DOW-UAP-D75, Mission Report, Gulf of Aden, July 2024
Agency: Department of War
Incident date: 7/14/24
Incident location: Gulf of Aden
Page 1
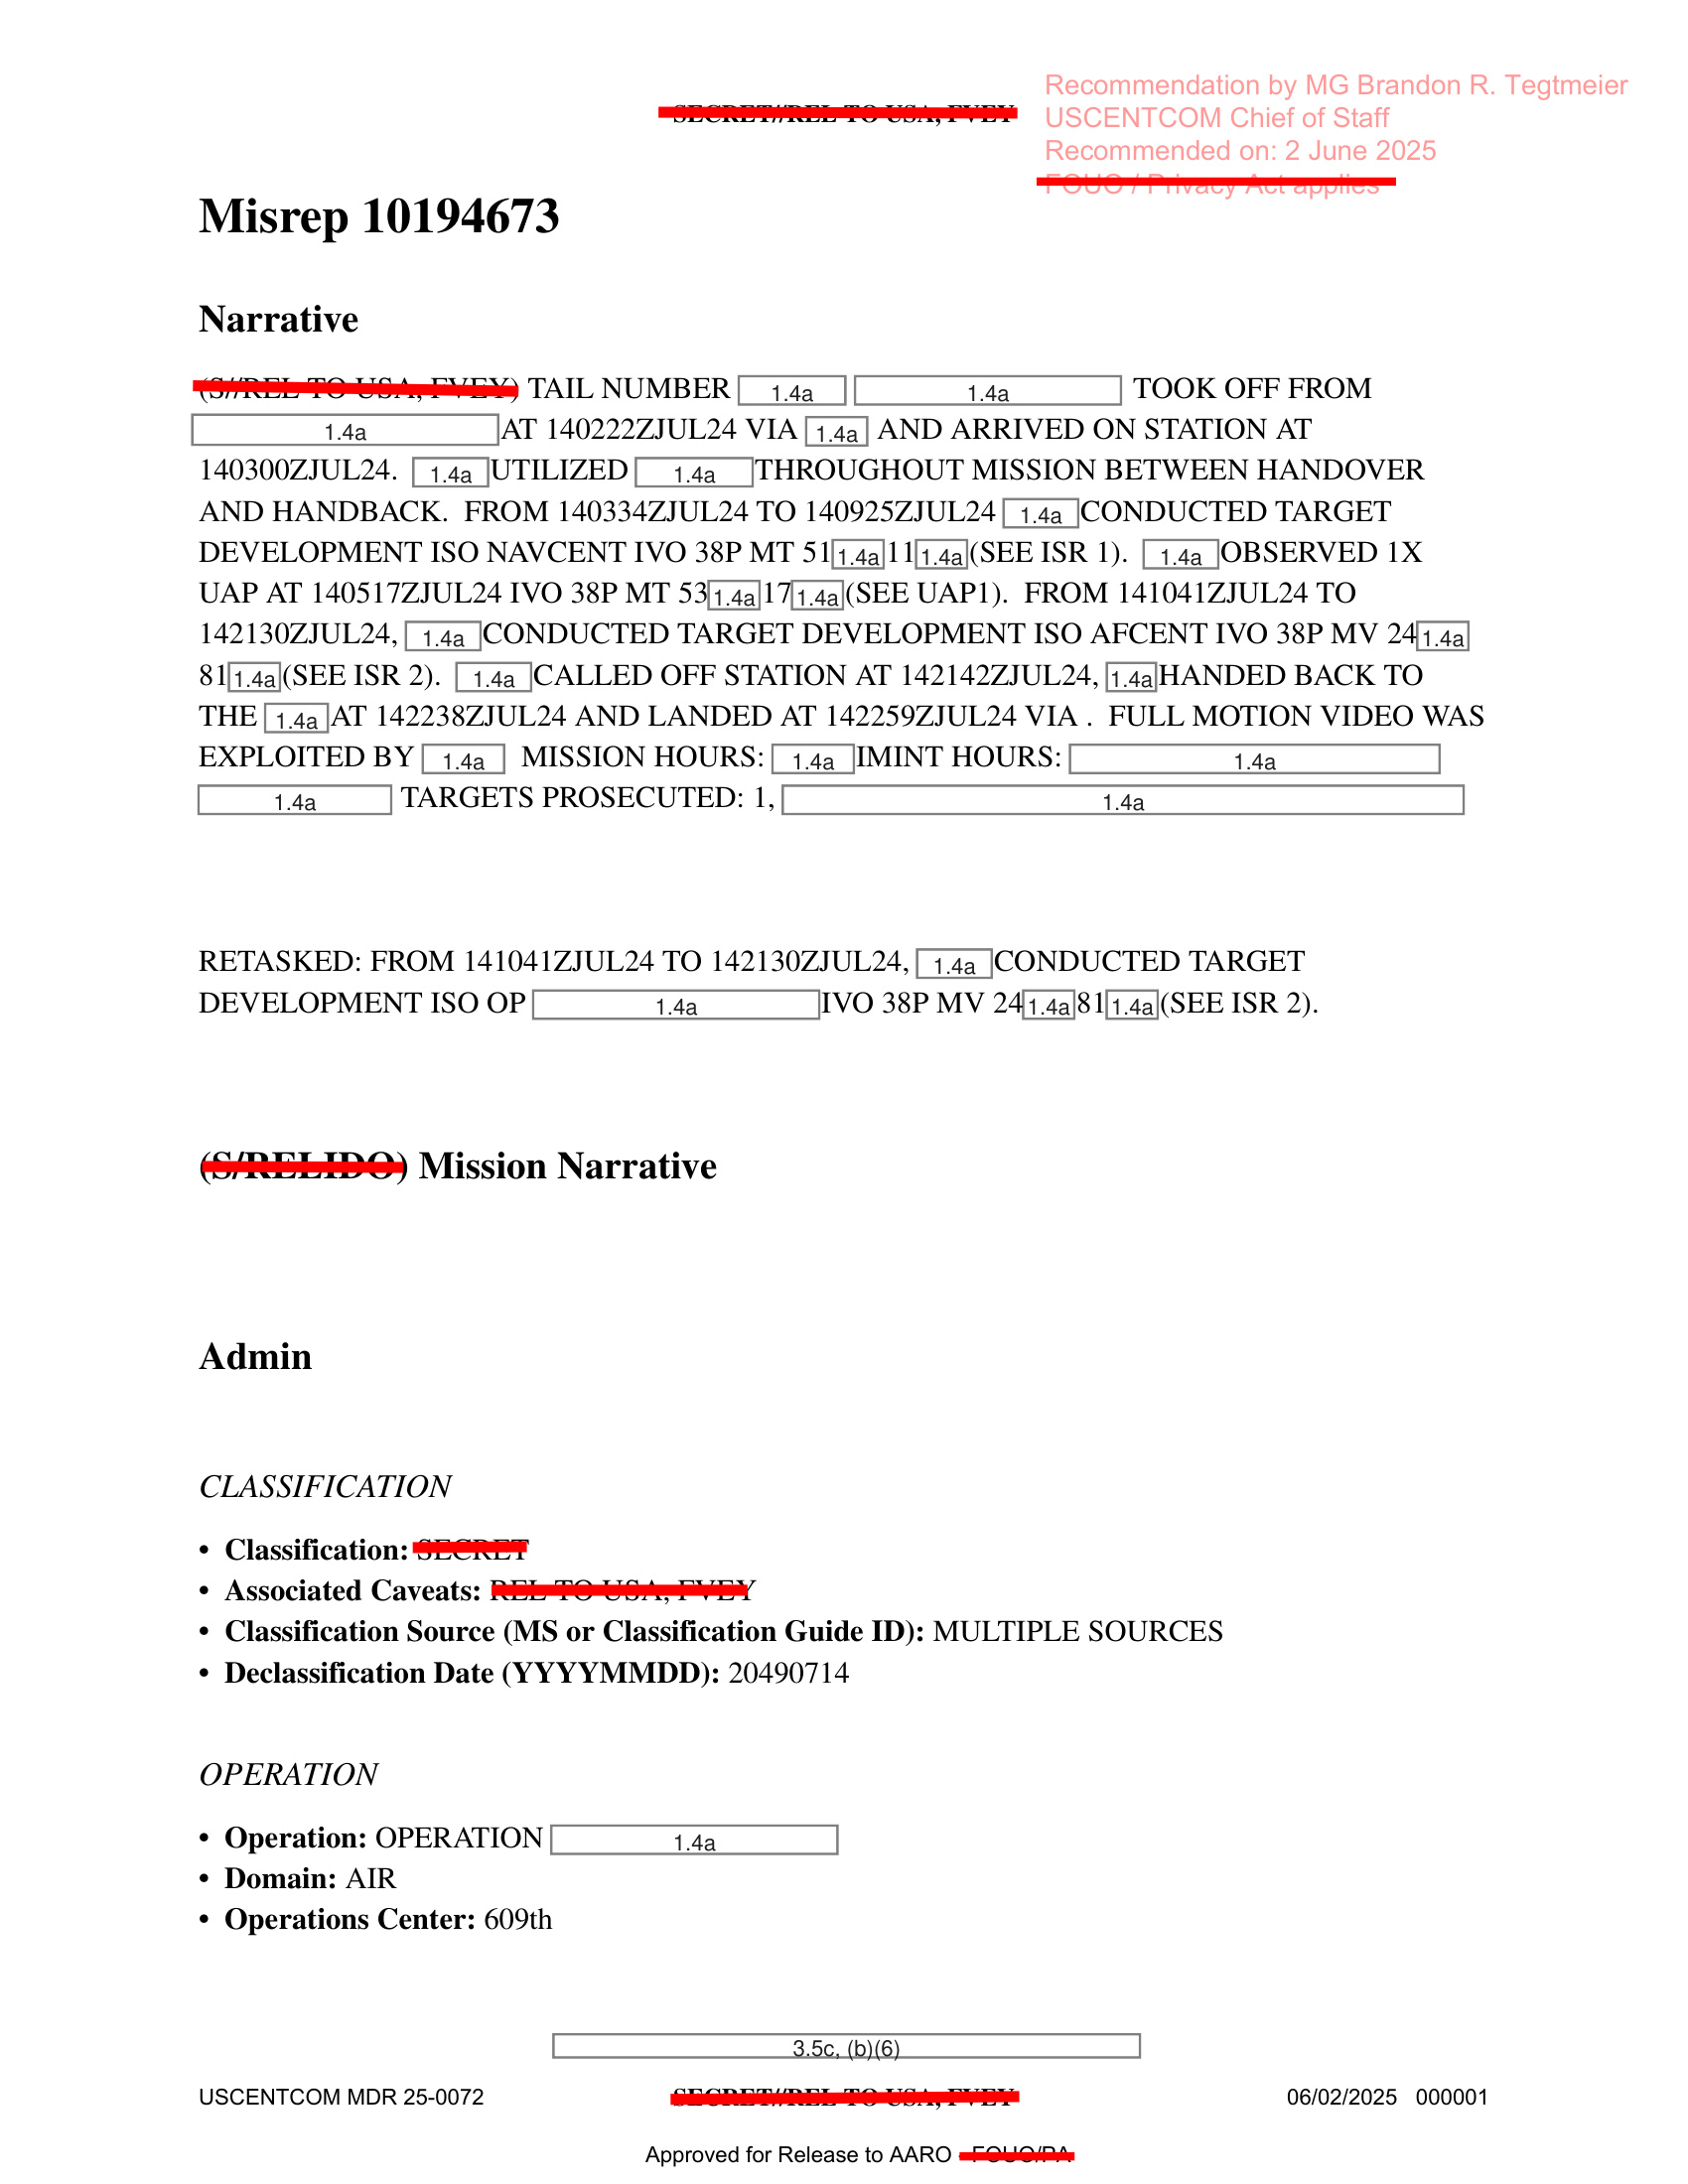